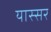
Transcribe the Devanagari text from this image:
यास्सर